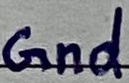
Text: Gnd